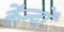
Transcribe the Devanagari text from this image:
केंन्दों